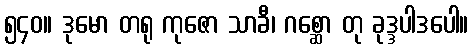
၅၄၀။ ဒုမော တရု ကုဇော သာခီ၊ ဂစ္ဆော တု ခုဒ္ဒပါဒပေါ။